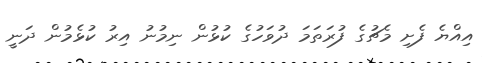
އިއްޔެ ފެށި މެޗުގެ ފުރަތަމަ ދުވަހުގެ ކުޅުން ނިމުނު އިރު ކުޅެމުން ދަނީ